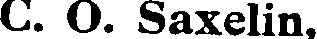
C. O. Saxelin,